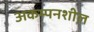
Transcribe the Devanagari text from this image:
अकम्पनशील